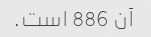
آن 886 است.